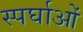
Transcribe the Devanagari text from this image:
स्पर्घाओं